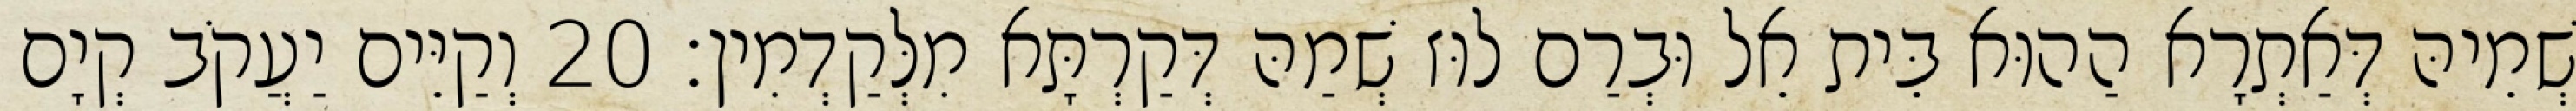
שְׁמֵיהּ דְּאַתְרָא הַהוּא בֵּית אֵל וּבְרַם לוּז שְׁמַהּ דְּקַרְתָּא מִלְּקַדְמִין׃ 20 וְקַיֵּים יַעֲקֹב קְיָם